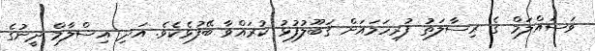
ވަސައްލަމް ގެ ރިސާލަތު ފުރިހަމައަށް ޤަބޫލުފުޅު ކުރައްވާ ބޭފުޅެކެވެ. އަދި އިސްލާމް ދީނުގެ